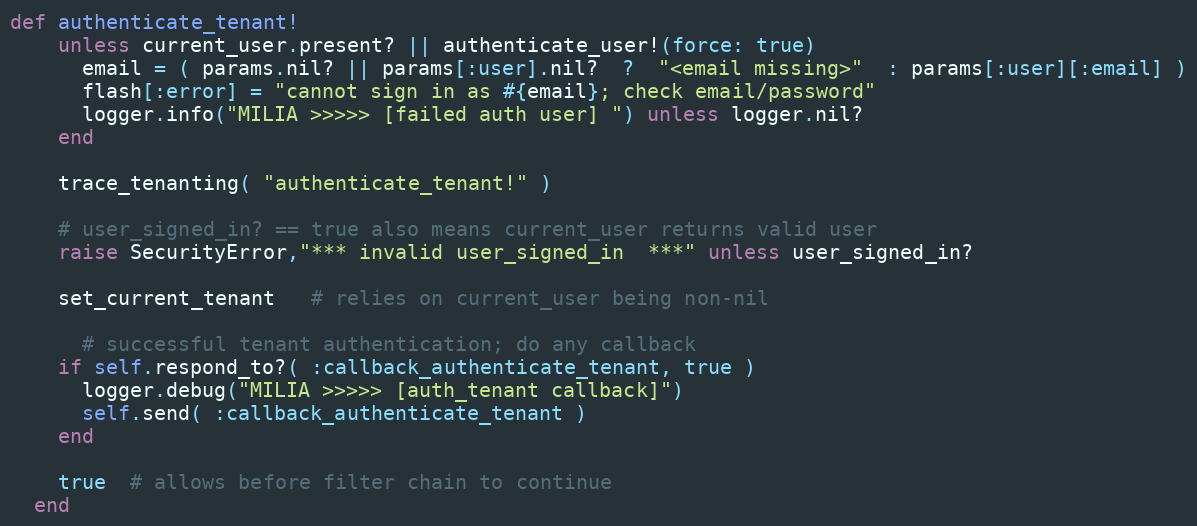
Language: Ruby
def authenticate_tenant!
    unless current_user.present? || authenticate_user!(force: true)
      email = ( params.nil? || params[:user].nil?  ?  "<email missing>"  : params[:user][:email] )
      flash[:error] = "cannot sign in as #{email}; check email/password"
      logger.info("MILIA >>>>> [failed auth user] ") unless logger.nil?
    end

    trace_tenanting( "authenticate_tenant!" )

    # user_signed_in? == true also means current_user returns valid user
    raise SecurityError,"*** invalid user_signed_in  ***" unless user_signed_in?

    set_current_tenant   # relies on current_user being non-nil

      # successful tenant authentication; do any callback
    if self.respond_to?( :callback_authenticate_tenant, true )
      logger.debug("MILIA >>>>> [auth_tenant callback]")
      self.send( :callback_authenticate_tenant )
    end

    true  # allows before filter chain to continue
  end